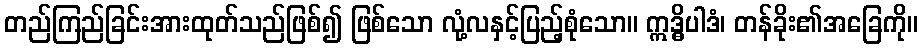
တည်ကြည်ခြင်းအားထုတ်သည်ဖြစ်၍ ဖြစ်သော လုံ့လနှင့်ပြည့်စုံသော။ ဣဒ္ဓိပါဒံ၊ တန်ခိုး၏အခြေကို။